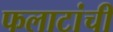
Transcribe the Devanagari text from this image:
फलाटांची